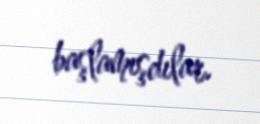
başlamışdılar.